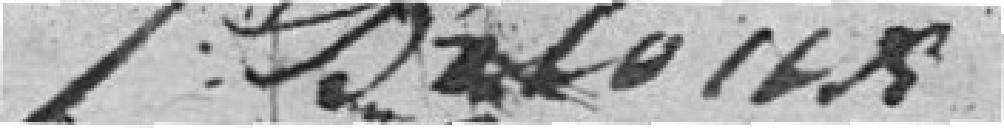
????????????